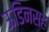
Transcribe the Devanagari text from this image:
ऊडिनसह